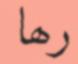
رھا